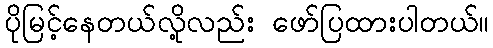
ပိုမြင့်နေတယ်လို့လည်း ဖော်ပြထားပါတယ်။